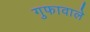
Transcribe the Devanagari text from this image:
गुफावाले